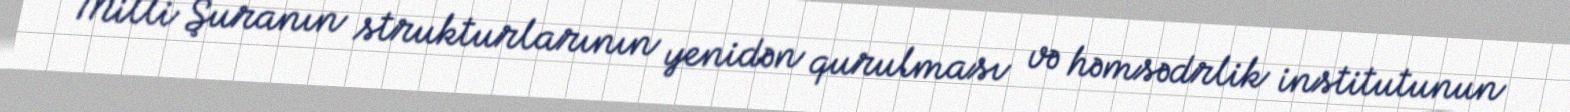
Milli Şuranın strukturlarının yenidən qurulması və həmsədrlik institutunun